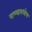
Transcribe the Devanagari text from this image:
पाण्यामध्येच